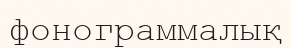
фонограммалық